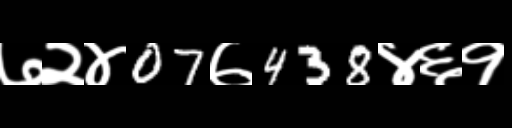
Text: ७२४07७438४६१